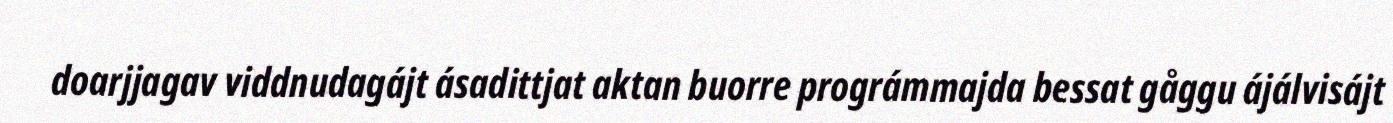
doarjjagav viddnudagájt ásadittjat aktan buorre prográmmajda bessat gåggu ájálvisájt